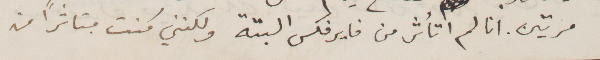
مرتين. انا لم اتأثر من فايرفكس البتة ولكنني كنت متأثرًأ من